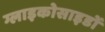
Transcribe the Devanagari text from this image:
ग्लाइकोसाइडों